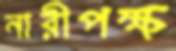
নারীপক্ষ